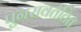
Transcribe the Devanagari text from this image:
पुनरावर्ततित